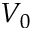
V _ { 0 }